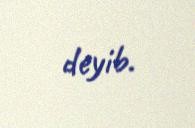
deyib.